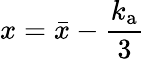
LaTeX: x=\bar{x}-\frac{k_{\mathrm{a}}}{3}